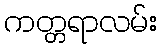
ကတ္တရာလမ်း